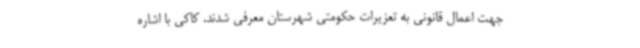
جهت اعمال قانونی به تعزیرات حکومتی شهرستان معرفی شدند. کاکی با اشاره